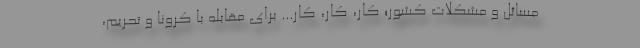
مسائل و مشکلات کشور؛ کار، کار، کار... برای مقابله با کرونا و تحریم،